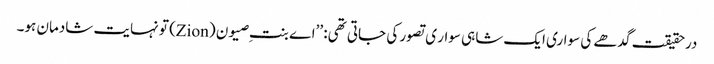
درحقیقت گدھے کی سواری ایک شاہی سوار ی تصور کی جاتی تھی: ’’اے بنتِ صیون (Zion) تو نہایت شادمان ہو۔